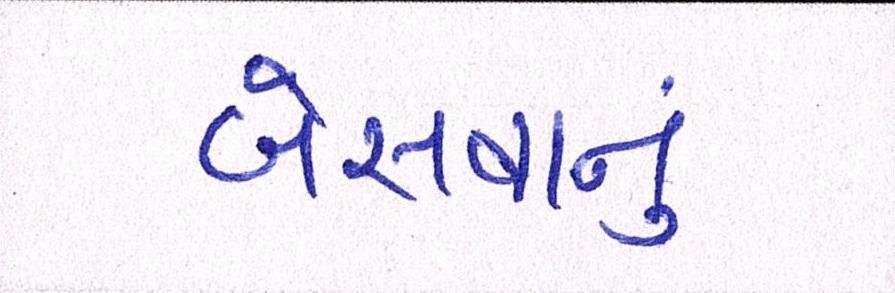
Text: બેસવાનું